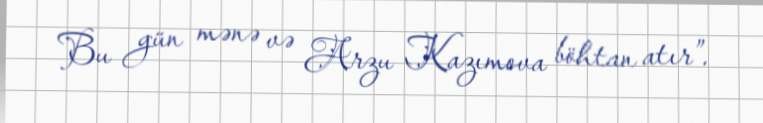
Bu gün mənə və Arzu Kazımova böhtan atır”.